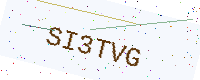
Text: SI3TVG